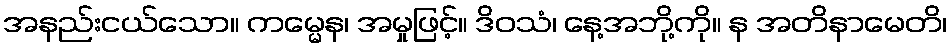
အနည်းငယ်သော။ ကမ္မေန၊ အမှုဖြင့်။ ဒိဝသံ၊ နေ့အဘို့ကို။ န အတိနာမေတိ၊